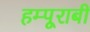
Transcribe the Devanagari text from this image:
हम्पूराबी